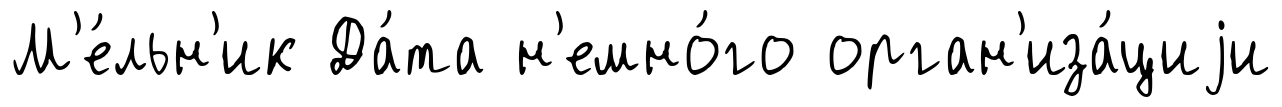
М'е́льн'ик Да́та н'емно́го орган'иза́циjи